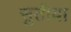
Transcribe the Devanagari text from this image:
सुतीया